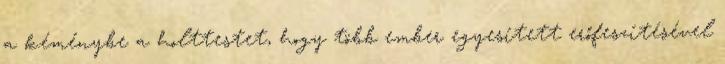
a kéménybe a holttestet, hogy több ember egyesített erőfeszítésével